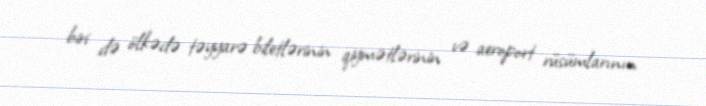
biri də ölkədə təyyarə biletlərinin qiymətlərinin və aeroport rüsümlarının